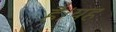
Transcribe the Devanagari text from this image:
हैै।यह